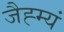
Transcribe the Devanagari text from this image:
जैह्म्यं